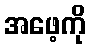
အဖေ့ကို